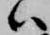
ハ